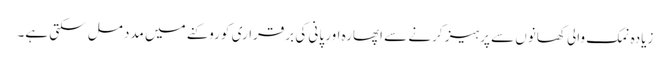
زیادہ نمک والی کھانوں سے پرہیز کرنے سے اپھارہ اور پانی کی برقراری کو روکنے میں مدد مل سکتی ہے۔